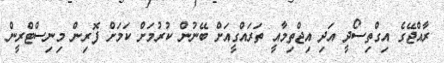
ރާއްޖޭގެ އިގްތިސޯދީ އަދި އިޖްތިމާއީ ތަރައްގީއަަށް ބޭނުން ކުރުމަށް ކަމަށް ފޮރިން މިނިސްޓްރީން